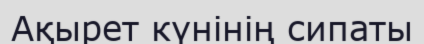
Ақырет күнінің сипаты